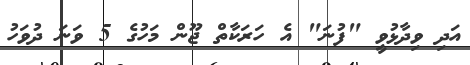
އަދި ވިދާޅުވީ "ފުނަ" އެ ހަރަކާތް ޖޫން މަހުގެ 5 ވަނަ ދުވަހު